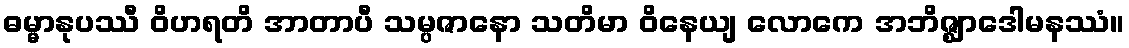
ဓမ္မာနုပဿီ ဝိဟရတိ အာတာပီ သမ္ပဇာနော သတိမာ ဝိနေယျ လောကေ အဘိဇ္ဈာဒေါမနဿံ။